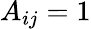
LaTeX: A_{ij}=1